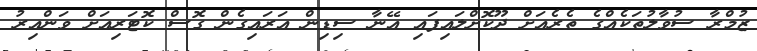
ޒުމްރާ ސުވާލުތަކެއްގެ ތެރެއަށް ދޫކޮށްލައިފައި އޭނާ ސިޑިން އަރައިގެން ގޮސް ކޮޓަރިއަށް ވަންއިރު